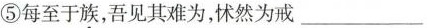
⑤每至于族，吾见其难为，怵然为戒_ ___